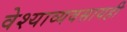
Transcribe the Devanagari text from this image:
वेश्याव्यवसायही